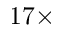
1 7 \times